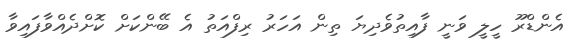
އެންޑްރޫ ހީލީ ވަނީ ފާއިތުވެދިޔަ ތިން އަހަރު ރިފްއަތު އެ ބޭންކަށް ކޮށްދެއްވާފައިވާ